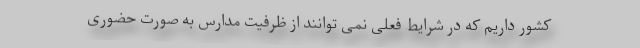
کشور داریم که در شرایط فعلی نمی توانند از ظرفیت مدارس به صورت حضوری